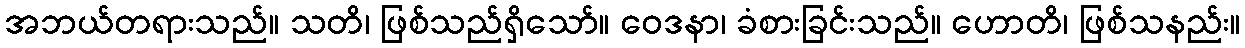
အဘယ်တရားသည်။ သတိ၊ ဖြစ်သည်ရှိသော်။ ဝေဒနာ၊ ခံစားခြင်းသည်။ ဟောတိ၊ ဖြစ်သနည်း။